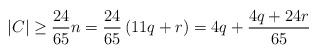
LaTeX: \begin{align*}|C| \geq \frac{24}{65}n = \frac{24}{65}\left(11q+r\right) = 4q + \frac{4q+24r}{65} \end{align*}